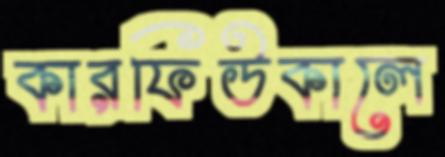
কারফিউকালে